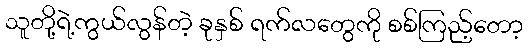
သူတို့ရဲ့ကွယ်လွန်တဲ့ ခုနှစ် ရက်လတွေကို စစ်ကြည့်တော့